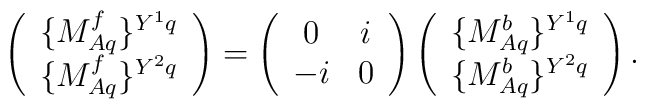
\left(  \begin{array}{c}\{M^f_{Aq} \}^{Y^1q}\\\{M^f_{Aq} \}^{Y^2q}  \end{array}\right)=\left(  \begin{array}{cc}0&i\\-i&0  \end{array}\right)  \left(  \begin{array}{c}\{M^b_{Aq} \}^{Y^1q}\\\{M^b_{Aq} \}^{Y^2q}  \end{array}\right).